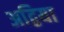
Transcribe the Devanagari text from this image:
अद्विया